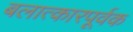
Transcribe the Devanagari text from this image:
बलात्कारपूर्वक